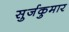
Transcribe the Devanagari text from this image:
सुर्जकुमार